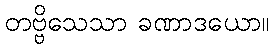
တဗ္ဗိသေသာ ခဏာဒယော။